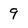
Character: 9